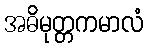
အဓိမုတ္တကမာလံ